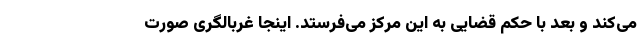
می‌کند و بعد با حکم قضایی به این مرکز می‌فرستد. اینجا غربالگری صورت